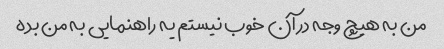
من به هیچ وجه در آن خوب نیستم یه راهنمایی به من بده